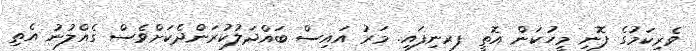
ވެރިކަމުގެ ފޮނި މީހުކަން އޮތީ ފރނިފައި. މަރު އައިސް ބައްދަލުކުރަންދެކަށްވެސް ގެއްލުނު އެތި